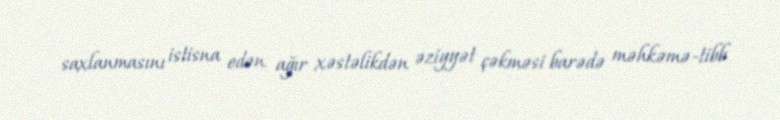
saxlanmasını istisna edən ağır xəstəlikdən əziyyət çəkməsi barədə məhkəmə-tibb